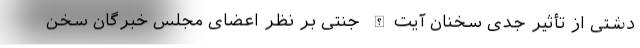
دشتی از تأثیر جدی سخنان آیت‌الله جنتی بر نظر اعضای مجلس خبرگان سخن